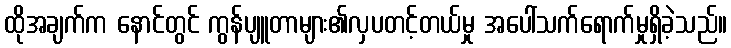
ထိုအချက်က နောင်တွင် ကွန်ပျူတာများ၏လှပတင့်တယ်မှု အပေါ်သက်ရောက်မှုရှိခဲ့သည်။